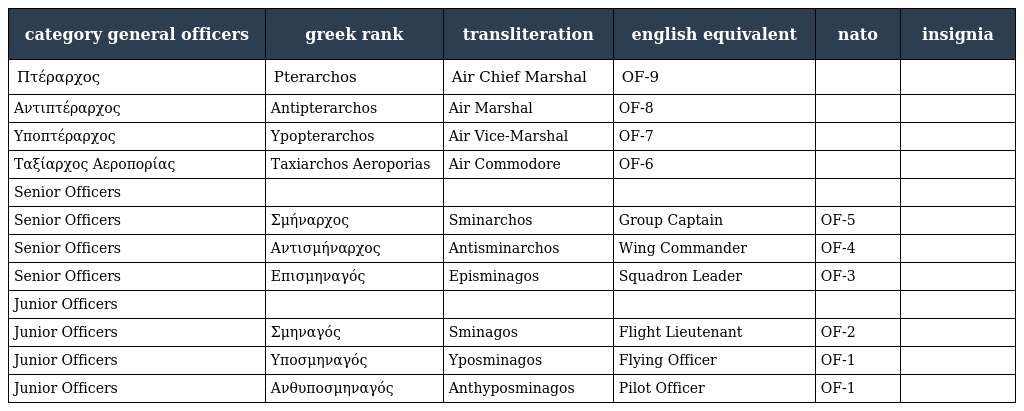
| category general officers | greek rank | transliteration | english equivalent | nato | insignia |
 | --- | --- | --- | --- | --- | --- |
 | Πτέραρχος | Pterarchos | Air Chief Marshal | OF-9 |  |  |
 | Αντιπτέραρχος | Antipterarchos | Air Marshal | OF-8 |  |  |
 | Υποπτέραρχος | Ypopterarchos | Air Vice-Marshal | OF-7 |  |  |
 | Ταξίαρχος Αεροπορίας | Taxiarchos Aeroporias | Air Commodore | OF-6 |  |  |
 | Senior Officers |  |  |  |  |  |
 | Senior Officers | Σμήναρχος | Sminarchos | Group Captain | OF-5 |  |
 | Senior Officers | Αντισμήναρχος | Antisminarchos | Wing Commander | OF-4 |  |
 | Senior Officers | Επισμηναγός | Episminagos | Squadron Leader | OF-3 |  |
 | Junior Officers |  |  |  |  |  |
 | Junior Officers | Σμηναγός | Sminagos | Flight Lieutenant | OF-2 |  |
 | Junior Officers | Υποσμηναγός | Yposminagos | Flying Officer | OF-1 |  |
 | Junior Officers | Ανθυποσμηναγός | Anthyposminagos | Pilot Officer | OF-1 |  |